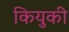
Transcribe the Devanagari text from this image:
कियुकी